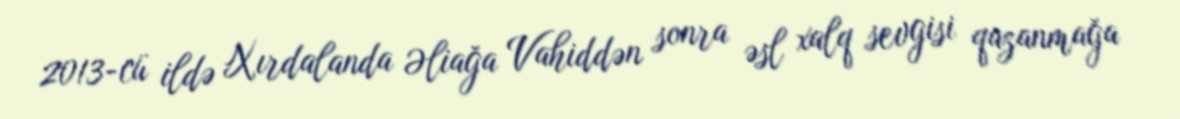
2013-cü ildə Xırdalanda Əliağa Vahiddən sonra əsl xalq sevgisi qazanmağa